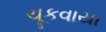
ચૂકવાયા